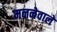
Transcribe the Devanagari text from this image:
मननेवाले